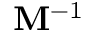
{ { \bf { M } } ^ { - 1 } }